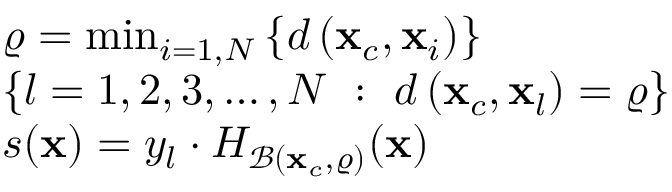
\begin{array} { r l } & { \varrho = \operatorname* { m i n } _ { i = 1 , N } \left\{ d \left( \mathbf { x } _ { c } , \mathbf { x } _ { i } \right) \right\} } \\ & { \left\{ l = 1 , 2 , 3 , \dotsc , N \ : \ d \left( \mathbf { x } _ { c } , \mathbf { x } _ { l } \right) = \varrho \right\} } \\ & { s ( \mathbf { x } ) = y _ { l } \cdot H _ { \mathcal { B } ( \mathbf { x } _ { c } , \varrho ) } ( \mathbf { x } ) } \end{array}